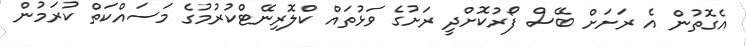
އެގޮތުން އެ ރަށަށް ބޭސް ފޯރުކޮށްދީ ރަށުގެ ވަޅުތައް ކްލޮރިނޭޓްކުރުމުގެ މަސައްކަތް ކުރަމުން